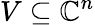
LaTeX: V\subseteq\mathbb{C}^{n}